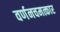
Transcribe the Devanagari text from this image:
वर्णनचमत्कार